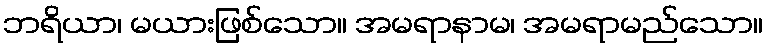
ဘရိယာ၊ မယားဖြစ်သော။ အမရာနာမ၊ အမရာမည်သော။